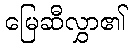
မြေဆီလွှာ၏